Report on sanitation, dispensaries, and jails in Rajputana for 1920, and on vaccination for the year 1920-1921 - 1920-1921
Year: 1920
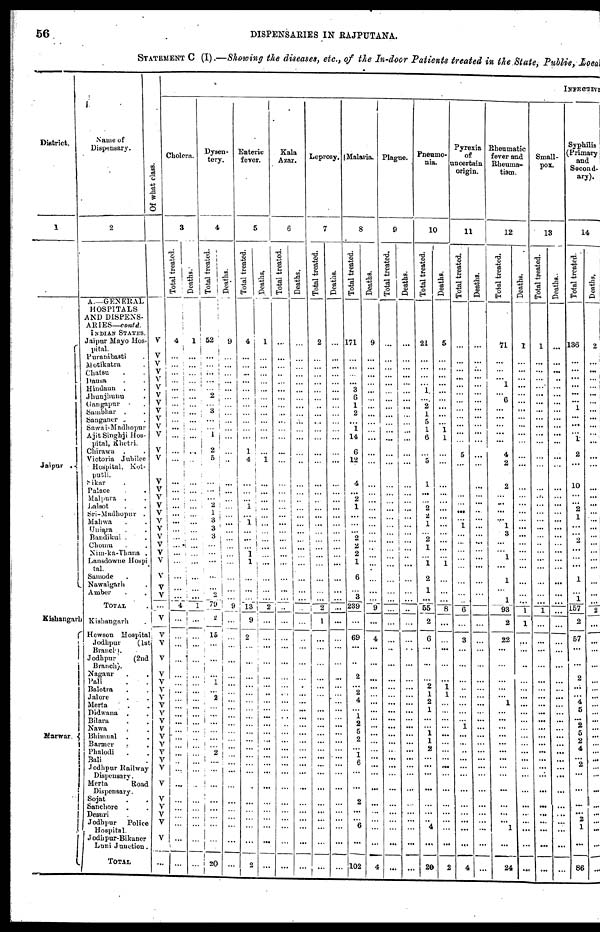
56
DISPENSARIES IN RAJPUTANA.
STATEMENT C (I).—Showing the diseases, etc., of the In-door Patients treated in the State, Public, Local
District.
1
Jaipur
.
Kishangarh
Marwar.
Name of
Dispensary.
2
A—GENERAL
HOSPITALS
AND DISPENS-
ARIES— contd.
INDIAN STATES.
Jaipur Mayo Hos-
pital.
Puranabasti .
Motikara .
Chatsu . .
Dausa . .
Hindaun . .
Jhunjhunu . .
Gangapur . .
Sambhar . .
Sanganer . .
Sawai-Madhopur
Ajit Singhji Hos-
pital, Khetri.
Chirawa .
.
Victoria Jubilee
Hospital, Kot¬
putli.
Sikar .
Palace . .
Malpura . .
Latsot . .
Sri- Madhopur .
Mahwa . .
Uniara
.
.
Bandikui . .
Chomu . .
Nim-ka-Thana .
Lansdowne Hospi¬
tal.
Samode . .
Nawalgarh .
Amber . .
TOTAL .
Kishangarh .
Hewson Hospital
Jodhpur
(1st
Brand).
Jodhpur
(2nd
Branch).
Nagaur . .
Pali . .
Balotra ..
Jalore . .
Merta ..
Didwana . .
Bilara . .
Nawa
..
Bhimnal .
Banner . .
Phalodi ...
Bali .
Jodhpur Railway
Dispensary.
Merta
Road
Dispensary.
Sojat . .
Sanchore . .
Desuri . .
Jodhpur Police
Hospital.
Jodhpur-Bikaner
Luni Junction.
TOTAL
Of what class.
V
V
V
V
V
V
V
V
V
V
V
V
V
V
V
V V
V
V
V
V
V
V
V
V
V
V
V
...
V
V
v
V
V
V
V
V
V
V
V
V
V
V
V
V
V
V
V
V
V
V
V
...
INFECTIVE
Cholera.
3
Total treated.
4
...
...
...
...
...
...
...
...
...
...
...
...
...
...
...
...
...
...
...
...
...
...
...
...
...
...
...
4
...
...
...
...
...
... ...
...
...
...
...
...
...
...
...
...
....
...
...
...
...
...
...
...
Deaths.
1
...
...
...
...
...
...
...
...
...
...
...
...
...
...
...
...
...
...
...
...
...
...
...
...
...
...
...
1
...
...
...
...
...
...
...
...
...
...
...
...
...
...
...
...
...
...
...
...
...
...
...
...
Dysen¬
tery.
4
Total treated.
52
...
...
...
...
...
2
...
3
...
...
1
2
5
...
...
...
2
1 3
3
3
...
...
...
...
...
2
79
2
15
...
...
...
1
...
2
...
...
...
...
...
...
2
...
...
...
...
... ...
...
...
20
Deaths.
9
...
...
...
...
...
...
...
...
...
...
...
...
...
...
...
...
...
...
...
...
...
...
...
...
...
...
...
9
...
...
...
...
...
...
...
...
...
...
...
...
...
...
...
...
...
...
...
...
...
...
...
...
Enteric
fever.
5
Total treated.
4
...
...
...
...
...
...
...
...
...
...
...
1
4
...
...
...
1
...
1
...
...
...
1
1
...
...
...
13
9
2
...
...
...
...
...
...
...
...
...
...
...
...
...
...
...
...
...
...
...
...
...
2
Deaths,
1
...
...
...
...
...
...
...
...
...
...
...
...
1
...
...
...
...
...
...
...
...
...
...
...
...
...
...
2
...
...
...
...
...
...
...
...
...
...
...
...
...
...
...
...
...
...
...
...
...
...
...
...
Kala
Azar.
6
Total treated.
...
...
...
...
...
...
...
...
...
...
...
...
...
...
...
...
...
...
...
...
...
...
...
...
...
...
...
...
...
...
...
...
...
...
...
...
...
...
...
...
...
...
...
...
...
...
...
...
...
...
...
...
...
Deaths.
...
...
...
...
...
...
...
...
...
...
...
...
...
...
...
...
...
...
...
...
...
...
...
...
...
...
...
...
...
...
...
...
...
...
...
...
...
...
...
...
...
...
...
...
...
...
...
...
...
...
...
...
...
Leprosy.
7
Total treated.
2
...
...
...
...
...
...
..
...
...
...
...
...
...
...
...
...
...
...
...
...
...
...
...
...
...
...
...
2
1
...
...
...
...
...
...
...
...
...
...
...
...
...
...
...
...
...
...
...
...
...
...
...
Deaths.
...
...
...
...
...
...
...
...
...
...
...
...
...
...
...
...
...
...
...
...
...
...
...
...
...
...
...
...
...
...
...
...
...
...
...
...
...
...
...
...
...
...
...
...
...
...
...
...
...
...
...
...
...
Malaria.
8
Total treated.
171
...
...
...
...
3
6
1
2
...
1
14
6
12
4
...
2
1
...
...
...
2
2
2
1
6
...
3
239
...
69
...
...
2
...
2
4
...
1
2
5
2
...
1
6
...
...
2
...
...
6
...
102
Deaths.
9
...
...
...
...
...
...
...
...
...
...
...
...
...
...
...
...
...
...
...
...
...
...
...
...
...
...
...
9
...
4
...
...
...
...
...
...
...
...
...
...
...
...
...
...
...
...
...
...
...
...
...
4
Plague.
9
Total treated.
...
...
....
...
...
...
...
...
...
...
...
...
...
...
...
...
...
...
...
...
...
...
...
...
...
...
...
...
...
...
...
...
...
...
...
...
...
...
...
...
...
...
...
...
...
...
...
...
...
...
...
...
...
Deaths.
...
...
...
...
...
...
...
...
...
...
...
...
...
...
...
...
...
...
...
...
...
...
...
...
...
...
...
...
...
...
...
...
...
...
...
...
...
...
...
...
...
...
...
...
...
...
...
...
...
...
...
...
...
Pneumo-
nia.
10
Total treated.
21
...
...
...
...
1
...
2
1
5
1
6
...
5
1
...
...
2
2
1
... 2
1
...
1
2
1
...
55
2
6
...
...
...
2
1
2
1
...
...
1
1
2
...
...
...
...
...
...
...
4
...
20
Deaths.
5
...
...
...
...
...
...
...
...
...
1
1
...
...
...
...
...
...
...
...
...
...
...
...
1
...
...
...
8
...
...
...
...
...
1
1
...
...
...
...
...
...
...
...
...
...
...
...
...
...
...
...
2
Pyrexia
of
uncertain
origin.
11
Total treated.
...
...
...
...
...
...
...
...
...
...
...
...
5
...
...
...
...
...
...
1
...
...
...
...
...
...
...
...
6
...
3
...
...
...
...
...
...
...
...
1
...
...
...
...
...
...
...
...
...
...
...
...
4
Deaths.
...
...
...
...
...
...
...
...
...
...
...
...
...
...
...
...
...
...
...
...
...
...
...
...
...
...
...
...
...
...
...
...
...
...
...
...
...
...
...
...
...
...
...
...
...
...
...
...
...
...
...
...
...
Rheumatic
fever and
Rheuma¬
tism.
12
Total treated.
71
...
...
...
1
...
6
...
...
...
...
...
4
2
2
...
...
...
...
1
3
...
...
1
...
1
...
1
93
2
22
...
...
...
...
...
1
...
...
...
...
...
...
...
...
...
...
...
...
...
1
...
24
Deaths.
1
...
...
...
...
...
...
...
...
...
...
...
...
...
...
...
...
...
...
...
...
...
...
...
...
...
...
...
1
1
...
...
...
...
...
...
...
...
...
...
...
...
...
...
...
...
...
...
...
...
...
...
...
Small-
pox.
18
Total treated.
1
...
...
...
...
...
...
...
...
...
...
...
...
...
...
...
...
...
...
...
...
...
...
...
...
...
...
...
1
...
...
...
...
...
...
...
...
...
...
...
...
...
...
...
...
...
...
...
...
...
...
...
...
Deaths.
...
...
...
...
...
...
...
...
...
...
...
...
...
...
...
...
...
...
...
...
...
...
...
...
...
...
...
...
...
...
...
...
...
...
...
...
...
...
...
...
...
...
...
...
...
...
...
...
...
...
...
...
...
Syphilis
(Primary
and
Second.
ary).
14
Total treated.
136
...
...
...
...
...
...
1
...
...
...
1
2
...
10
...
...
2
1
...
...
2
...
...
...
1
...
1
157
2
57
...
...
2
...
...
4
5
...
2
5
2
4
...
2
...
...
...
...
2
1
...
86
Deaths.
2
..
...
..
...
...
...
..
...
...
...
...
...
...
...
...
...
...
...
...
...
...
...
...
...
...
...
...
2
...
...
...
...
...
...
...
...
...
...
...
...
...
...
...
...
...
...
...
...
...
...
...
...